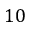
1 0